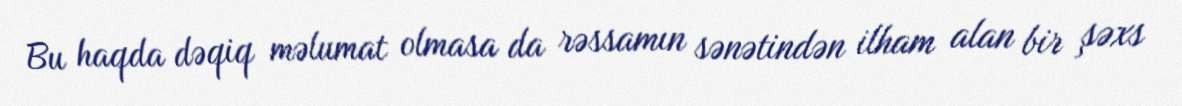
Bu haqda dəqiq məlumat olmasa da rəssamın sənətindən ilham alan bir şəxs